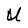
Character: U